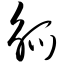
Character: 觚